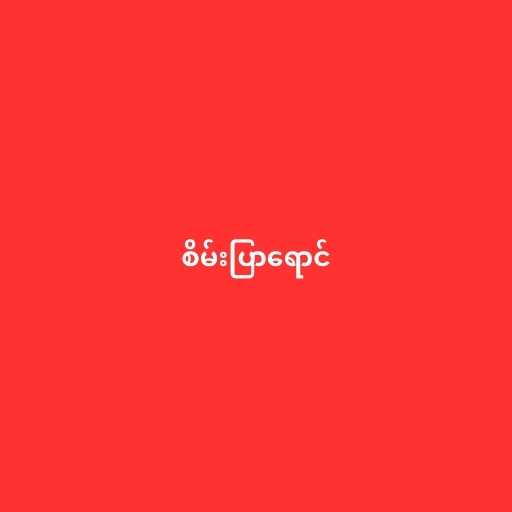
စိမ်းပြာရောင်